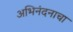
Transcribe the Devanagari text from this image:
अभिनंदनाचा